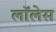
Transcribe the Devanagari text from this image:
लाॅलेस़